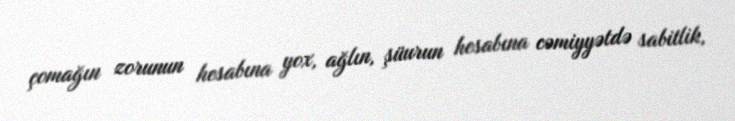
çomağın zorunun hesabına yox, ağlın, şüurun hesabına cəmiyyətdə sabitlik,